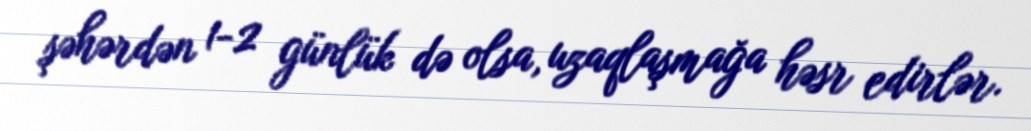
şəhərdən 1-2 günlük də olsa, uzaqlaşmağa həsr edirlər.